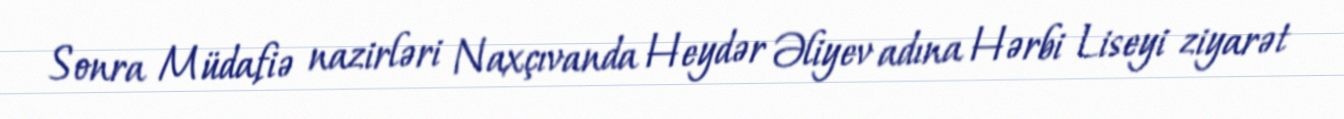
Sonra Müdafiə nazirləri Naxçıvanda Heydər Əliyev adına Hərbi Liseyi ziyarət